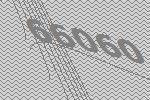
66060